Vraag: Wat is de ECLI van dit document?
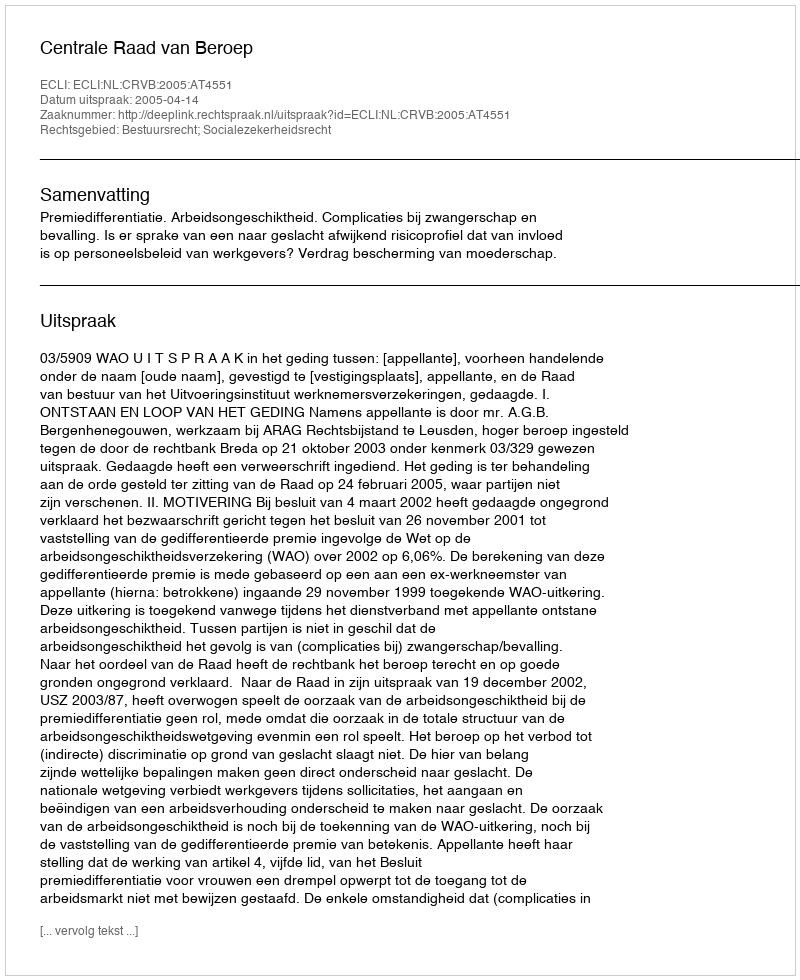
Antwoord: ECLI:NL:CRVB:2005:AT4551